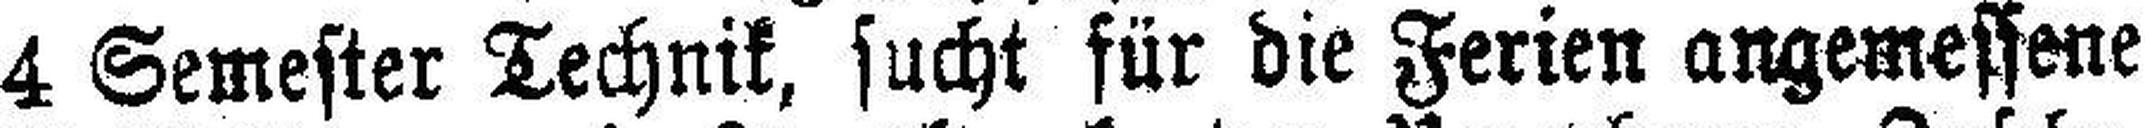
4 Semester Technik, sucht für die Ferien angemessene